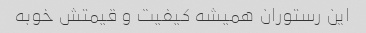
این رستوران همیشه کیفیت و قیمتش خوبه